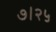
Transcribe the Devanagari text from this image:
७।२५